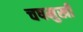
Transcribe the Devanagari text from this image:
चषमुखी